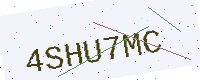
Text: 4SHU7MC